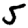
Digit: 5